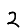
Digit: 2